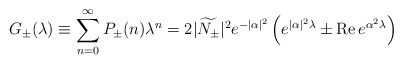
\begin{align*} G_{\pm}(\lambda)\equiv\sum_{n=0}^{\infty}P_{\pm}(n)\lambda^n =2|\widetilde{N_{\pm}}|^2e^{-|\alpha|^2} \left(e^{|\alpha|^2\lambda}\pm\mbox{Re}\, e^{\alpha^2\lambda}\right)\end{align*}